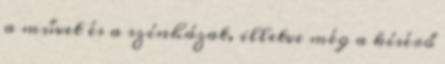
a művet és a színházat, illetve még a kísérő